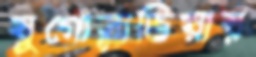
যুগোস্লাভিয়ায়